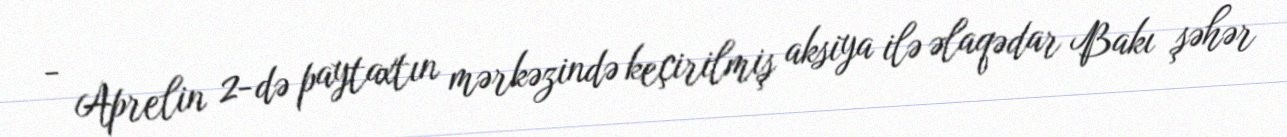
- Aprelin 2-də paytaxtın mərkəzində keçirilmiş aksiya ilə əlaqədar Bakı şəhər